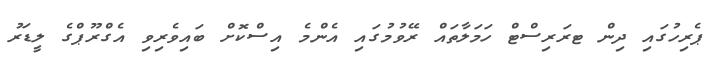
ޕެރިހުގައި ދިން ޓރަރިސްޓް ހަމަލާތައް ރޭވުމުގައި އެންމެ އިސްކޮށް ބައިވެރިވި އެގްރޫޕްގެ ލީޑަރު